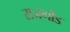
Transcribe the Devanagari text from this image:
राजगौंड